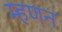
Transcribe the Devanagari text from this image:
म्हणन